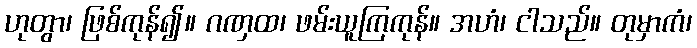
ဟုတွာ၊ ဖြစ်ကုန်၍။ ဂဏှထ၊ ဖမ်းယူကြကုန်။ အဟံ၊ ငါသည်။ တုမှာကံ၊